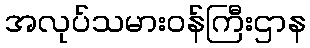
အလုပ်သမားဝန်ကြီးဌာန